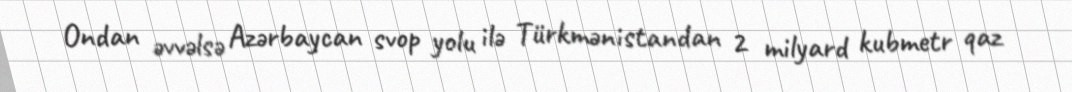
Ondan əvvəlsə Azərbaycan svop yolu ilə Türkmənistandan 2 milyard kubmetr qaz